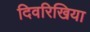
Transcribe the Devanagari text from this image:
दिवरिखिया